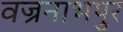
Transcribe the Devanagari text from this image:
वज्रनाभपुर